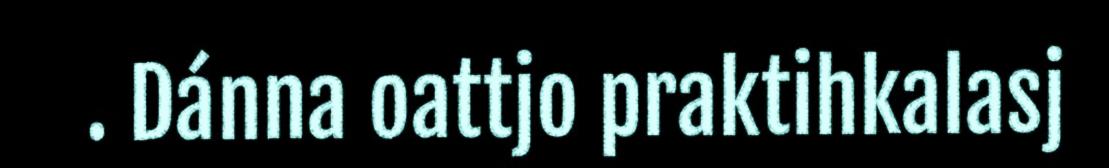
. Dánna oattjo praktihkalasj